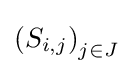
\left(S_{i,j}\right)_{j\in J}